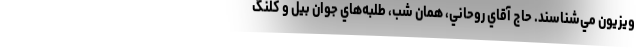
ويزيون مي‌شناسند. حاج آقاي روحاني، همان شب، طلبه‌هاي جوان بيل و كلنگ